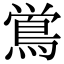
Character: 鴬